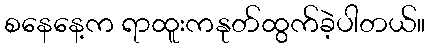
စနေနေ့က ရာထူးကနုတ်ထွက်ခဲ့ပါတယ်။